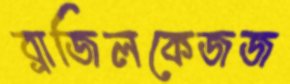
ব্রাজিলকেজজ